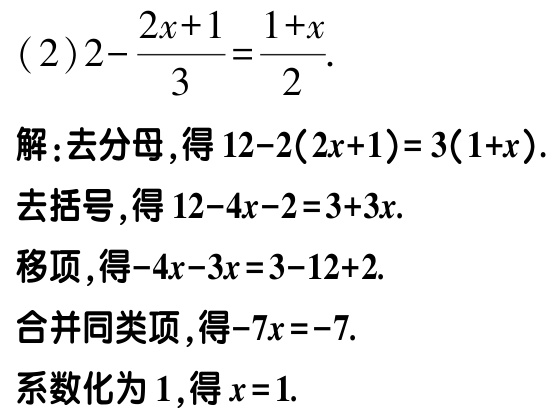
(2)$2 - \frac{2x + 1}{3} = \frac{1 + x}{2}$.
解：去分母，得$12 - 2(2x + 1) = 3(1 + x)$.
去括号，得$12 - 4x - 2 = 3 + 3x$.
移项，得$-4x - 3x = 3 - 12 + 2$.
合并同类项，得$-7x = -7$.
系数化为1，得$x = 1$.